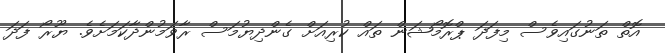
އޮތް ތަނުގައިވެސް މިފަދަ ޕްރޮމޯޝަން ތައް ކުރިއަށް ގެންދިޔުމަސް ރާވަމުންދާކަމަށެވެ. ޔޫރޯ ފަދަ